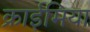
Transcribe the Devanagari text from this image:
क्राईमिया